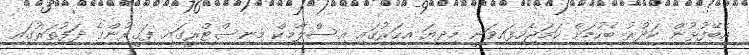
އެބޭފުޅުން ކަދުރު ބެހުމަށް ހަމަޖެހިފައިވަނީ މިދިޔަ އހަަރުގައި އިސްލާމިކް މިނިސްޓްރީގައި ފަގީރުންގެ ދަފުތަރުގައި